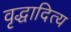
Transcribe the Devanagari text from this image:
वृद्धादित्य